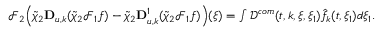
\begin{array} { r } { \mathcal { F } _ { 2 } \Big ( \tilde { \chi } _ { 2 } \mathbf { D } _ { u , k } ( \tilde { \chi } _ { 2 } \mathcal { F } _ { 1 } f ) - \tilde { \chi } _ { 2 } \mathbf { D } _ { u , k } ^ { 1 } ( \tilde { \chi } _ { 2 } \mathcal { F } _ { 1 } f ) \Big ) ( \xi ) = \int \mathcal { D } ^ { c o m } ( t , k , \xi , \xi _ { 1 } ) \hat { f } _ { k } ( t , \xi _ { 1 } ) d \xi _ { 1 } . } \end{array}